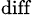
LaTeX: _{\textrm{diff}}